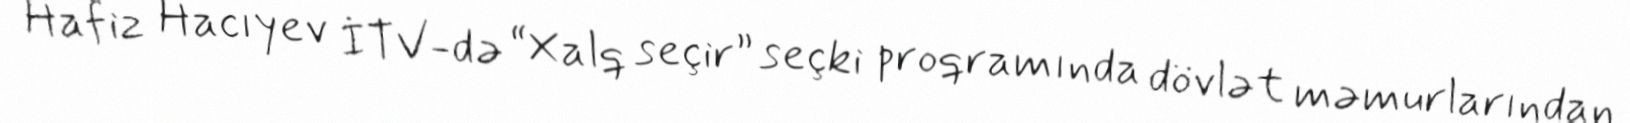
Hafiz Hacıyev İTV-də “Xalq seçir” seçki proqramında dövlət məmurlarından